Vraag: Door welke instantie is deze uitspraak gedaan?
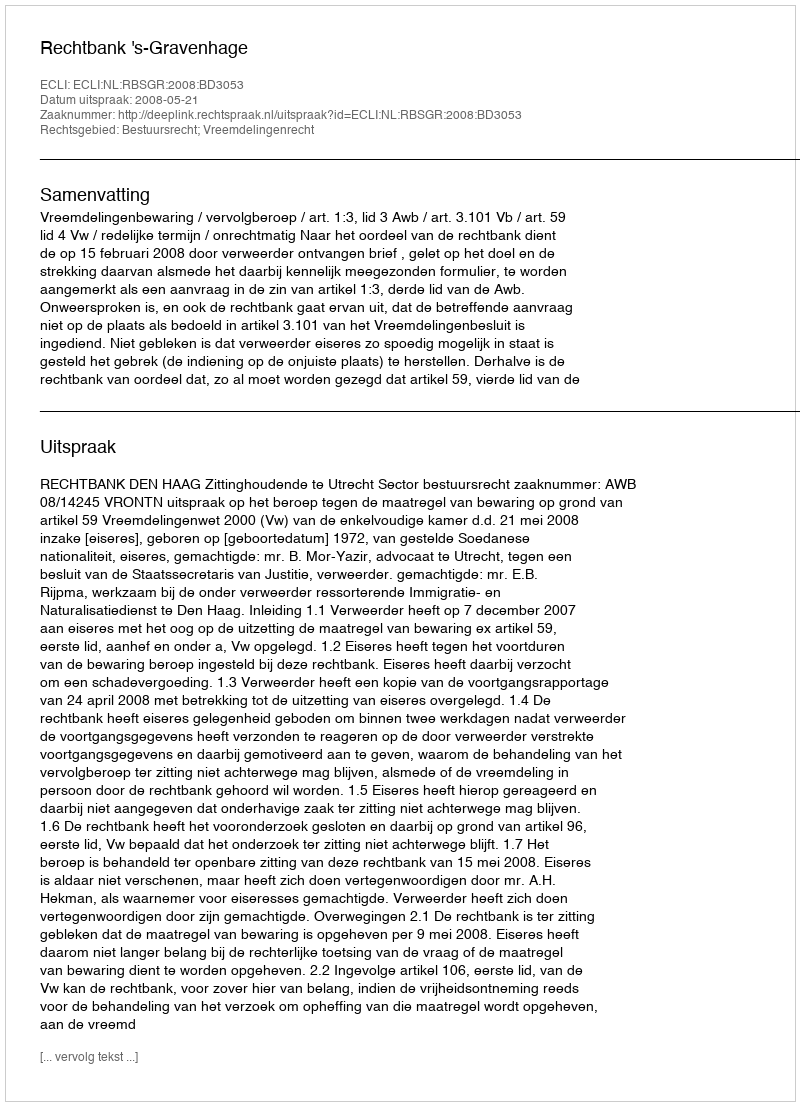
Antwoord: Rechtbank 's-Gravenhage